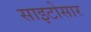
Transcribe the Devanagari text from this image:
साइटोसार